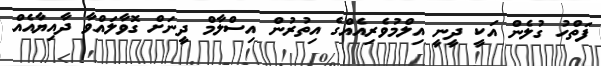
ފަތްހު ގުލެން އަކީ ދީނީ އިލްމުވެރިއެއްގެ އިތުރުން އިސްލާމް ދީނަށް ގޮވާލައްވާ ދާއިޔާއެއް